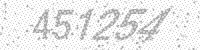
Solution: 451254